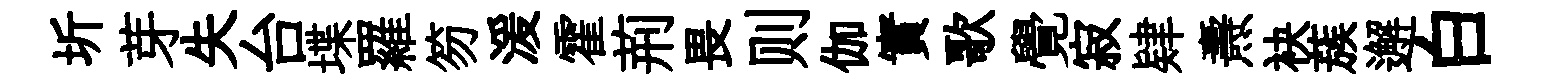
圻芽失台堞羅笏湲霍荊畏则伽實歌覺寂肄燾袂蔟邂白